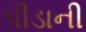
પીડાની